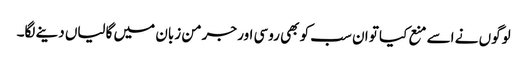
لوگوں نے اسے منع کیا تو ان سب کو بھی روسی اور جرمن زبان میں گالیاں دینے لگا۔